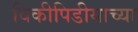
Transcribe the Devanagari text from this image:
विकीपिडीयाच्या